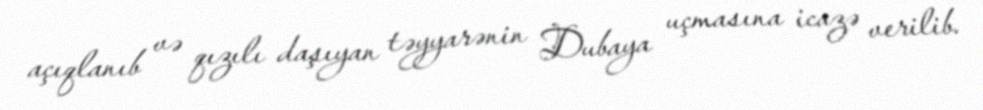
açıqlanıb və qızılı daşıyan təyyarənin Dubaya uçmasına icazə verilib.